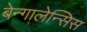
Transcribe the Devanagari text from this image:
बेन्गालेन्सिस